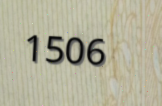
1506